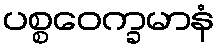
ပစ္စဝေက္ခမာနံ